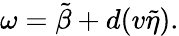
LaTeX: \omega=\tilde{\beta}+d(v\tilde{\eta}).